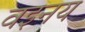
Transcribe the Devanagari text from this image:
वइनय